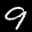
Label: 9